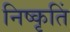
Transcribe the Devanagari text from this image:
निष्कृतिं